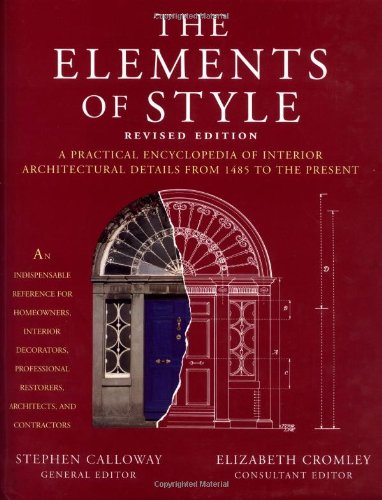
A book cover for The Elements of Style: A Practical Encyclopedia of Interior Architectural Details from 1485 to the Present; Stephen Calloway; Arts & Photography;